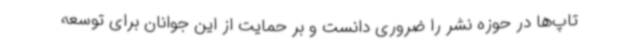
تاپ‌ها در حوزه نشر را ضروری دانست و بر حمایت از این جوانان برای توسعه